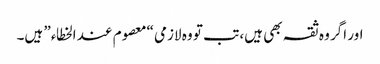
اور اگر وہ ثقہ بھی ہیں، تب تو وہ لازمی “معصوم عند الخطاء” ہیں۔